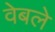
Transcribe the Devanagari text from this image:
वेबले